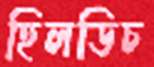
হিলডিচ